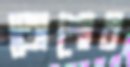
তোশোব